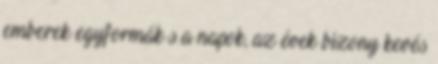
emberek egyformák s a napok, az évek bizony kevés